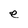
Character: e